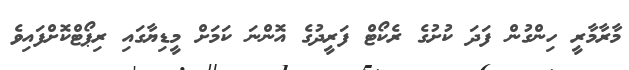
މާރާމާރީ ހިންގުން ފަދަ ކުށުގެ ރެކޯޓް ފަރީދުގެ އޮންނަ ކަމަށް މީޑިޔާގައި ރިޕޯޓްކޮށްފައިވެ